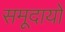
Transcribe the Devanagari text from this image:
समूदायों